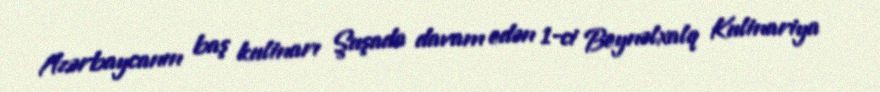
Azərbaycanın baş kulinarı Şuşada davam edən 1-ci Beynəlxalq Kulinariya